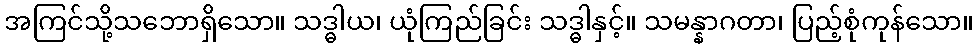
အကြင်သို့သဘောရှိသော။ သဒ္ဓါယ၊ ယုံကြည်ခြင်း သဒ္ဓါနှင့်။ သမန္နာဂတာ၊ ပြည့်စုံကုန်သော။